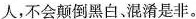
人，不会颠倒黑白、混淆是非。